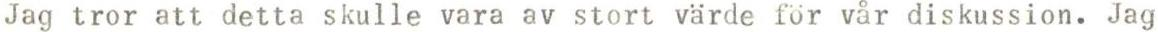
Jag tror att detta skulle vara av stort värde för vår diskussion. Jag